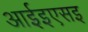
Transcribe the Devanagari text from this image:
आईइएसइ